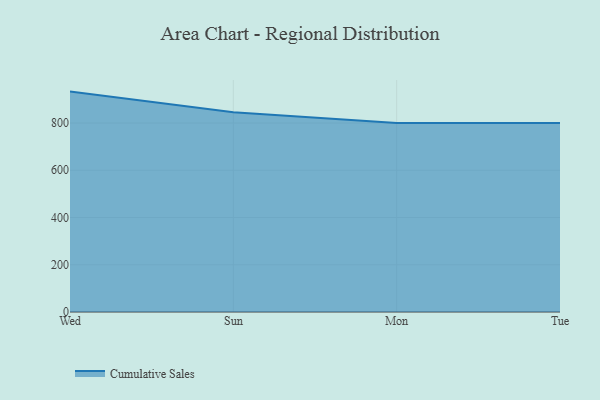
{"axis": {"x": "Day", "y": "Headcount"}, "legend": ["Cumulative Sales"], "data": [{"x": "Wed", "y": 933.0, "type": "Cumulative Sales"}, {"x": "Sun", "y": 845.2, "type": "Cumulative Sales"}, {"x": "Mon", "y": 800, "type": "Cumulative Sales"}, {"x": "Tue", "y": 800, "type": "Cumulative Sales"}]}